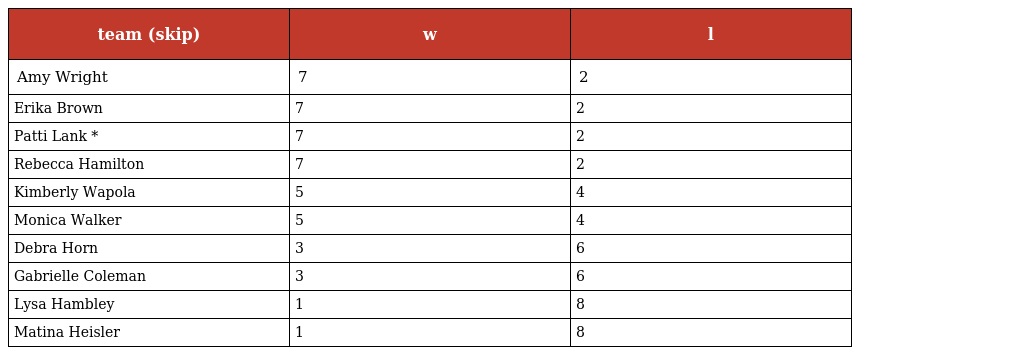
| team (skip) | w | l |
 | --- | --- | --- |
 | Amy Wright | 7 | 2 |
 | Erika Brown | 7 | 2 |
 | Patti Lank * | 7 | 2 |
 | Rebecca Hamilton | 7 | 2 |
 | Kimberly Wapola | 5 | 4 |
 | Monica Walker | 5 | 4 |
 | Debra Horn | 3 | 6 |
 | Gabrielle Coleman | 3 | 6 |
 | Lysa Hambley | 1 | 8 |
 | Matina Heisler | 1 | 8 |